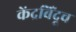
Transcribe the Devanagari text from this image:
केंद्रबिंदूच